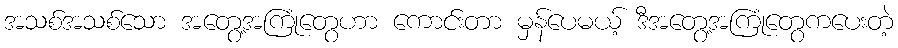
အသစ်အသစ်သော အတွေ့အကြုံတွေဟာ ကောင်းတာ မှန်ပေမယ့် ဒီအတွေ့အကြုံတွေကပေးတဲ့